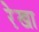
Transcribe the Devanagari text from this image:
रे़खा